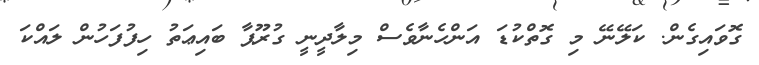
ގޮވައިގެން. ކަލޭނޭ މި ގޮތްކުޑަ އަންހެނާވެސް މިލާދީނީ ގުރޫޕާ ބައިޢަތު ހިފުފަހުން ލައްކަ